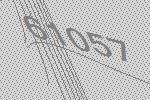
61057